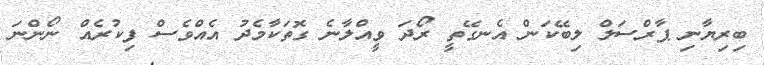
ބިރިޔާނި ޕާރްސަލް ލިބޭކަން އެނގޭތީ ރޯދަ ވީއްލާނެ ގޮތަކާމެދު އެއްވެސް ފިކުރެއް ނޯންނަ